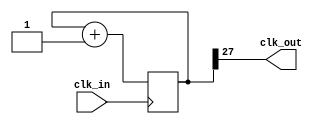
module prescaler(input wire clk_in, output wire clk_out);
  parameter BITS = 28;

  reg [BITS-1:0] count = 0;

  assign clk_out = count[BITS-1];

  always @ ( posedge(clk_in) ) begin
    count <= count + 1;
  end
endmodule

module shifter(input wire clk, output reg [3:0] data);
  parameter BITS = 22;
  parameter INI = 1;

  wire clk_prescaled;
  wire ser_in;

  reg load_shift = 0;

  prescaler #(.BITS(BITS))
    Pres1(.clk_in(clk), .clk_out(clk_prescaled));

  //Init
  always @(posedge(clk_prescaled)) begin
    load_shift <= 1;
  end

  //Shifter
  always @ ( posedge(clk_prescaled) ) begin
    if(load_shift == 0)
      data <= INI;    //As they're 4 bits, it'll pass 0001
    else
      data <= {data[2:0], ser_in};
  end

  assign ser_in = data[3];

endmodule